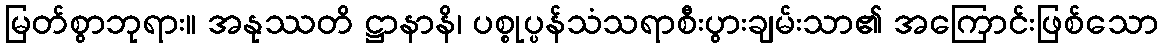
မြတ်စွာဘုရား။ အနုဿတိ ဋ္ဌာနာနိ၊ ပစ္စုပ္ပန်သံသရာစီးပွားချမ်းသာ၏ အကြောင်းဖြစ်သော